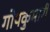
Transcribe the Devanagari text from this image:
गोपकुमारी